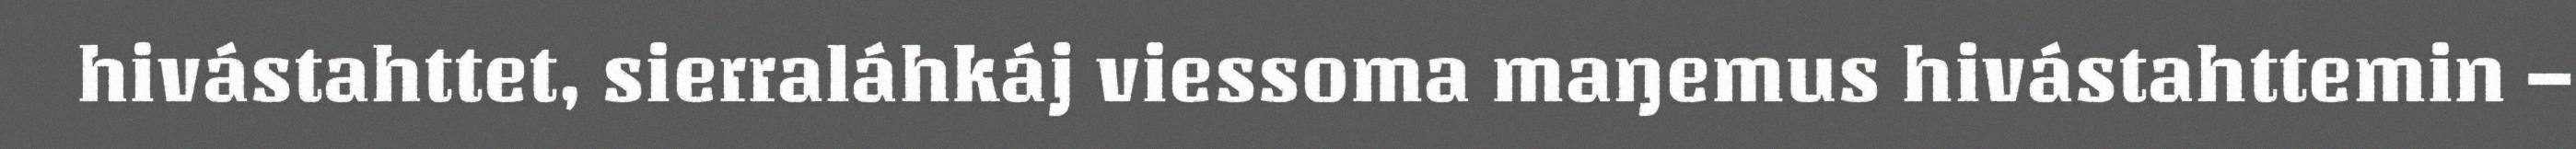
hivástahttet, sierraláhkáj viessoma maŋemus hivástahttemin –